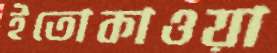
ইতোকাওয়া